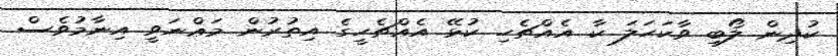
ކުދިން ލޯބި ވާކަހަލަ ކާ އެއްޗެހި ކުޅޭ އެއްޗެހީގެ އިތުރުން މަޢްނަވީ އިނާމުވެސް